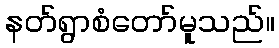
နတ်ရွာစံတော်မူသည်။